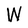
Character: W